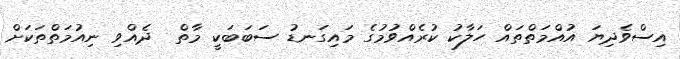
އިސްވެދިޔަ އުއްމަތްތައް ހަލާކު ކުރެއްވުމުގެ މައިގަނޑު ސަބަބަކީ މާތް  ދެއްވި ނިއުމަތްތަކަށް